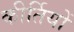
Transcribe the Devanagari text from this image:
कीर्तियों